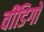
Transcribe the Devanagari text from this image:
वींडिगो